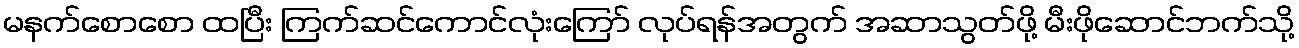
မနက်စောစော ထပြီး ကြက်ဆင်ကောင်လုံးကြော် လုပ်ရန်အတွက် အဆာသွတ်ဖို့ မီးဖိုဆောင်ဘက်သို့